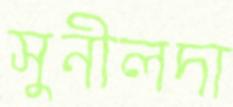
সুনীলদা